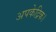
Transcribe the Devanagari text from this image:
अपकेद्रिक।